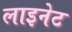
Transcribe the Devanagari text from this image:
लाइनेट